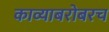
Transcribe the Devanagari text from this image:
काव्याबरोबरच